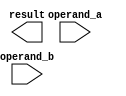
module baugh_wooley_multiplier (
    input wire [15:0] operand_a,
    input wire [15:0] operand_b,
    output wire [31:0] result
);

reg [31:0] partial_products [15:0];
wire [31:0] partial_sums [30:0];
wire cout;
wire sign_extension;
wire [15:0] neg_operand_b;

assign neg_operand_b = (~operand_b) + 1;

generate
    genvar i;
    for (i = 0; i < 16; i = i + 1) begin : partial_product_gen
        assign partial_products[i] = operand_a & {16{operand_b[i]}};
    end
endgenerate

generate
    genvar i;
    for (i = 0; i < 31; i = i + 1) begin : partial_sum_calc
        assign partial_sums[i] = partial_products[i] + partial_products[i+1];
    end
endgenerate

assign partial_sums[31] = {{16{partial_products[15][15]}}, partial_products[15][15:0]} + neg_operand_b;

assign sign_extension = operand_a[15] ^ operand_b[15];
assign result = sign_extension ? {{16{partial_sums[31][31]}}, partial_sums[31][31:16]} : partial_sums[31];

endmodule